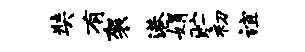
奘有袈港娟贮初谊